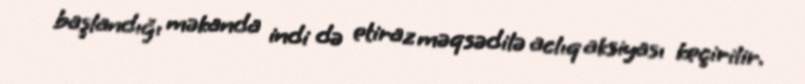
başlandığı məkanda indi də etiraz məqsədilə aclıq aksiyası keçirilir.